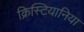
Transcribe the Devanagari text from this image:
क्रिस्टियानिया